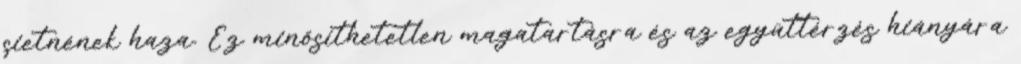
sietnének haza. Ez minősíthetetlen magatartásra és az együttérzés hiányára